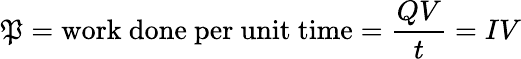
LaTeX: \mathfrak{P}={\mathrm{{work~done~per~unit~time}}}={\frac{{QV}}{{t}}}=IV